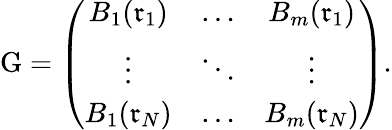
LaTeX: \mathrm{G}=\left(\begin{array}{ccc}{B_{1}(\mathfrak{r}_{1})}&{\ldots}&{B_{m}(\mathfrak{r}_{1})}\\ {\vdots}&{\ddots}&{\vdots}\\ {B_{1}(\mathfrak{r}_{N})}&{\ldots}&{B_{m}(\mathfrak{r}_{N})}\end{array}\right).